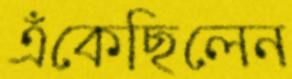
এঁকেছিলেন